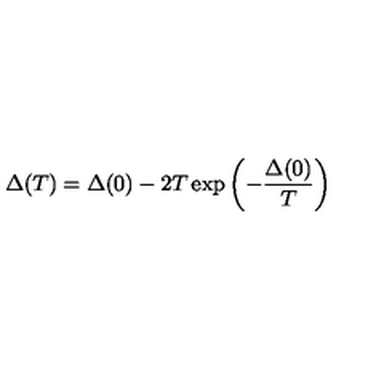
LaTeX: \Delta ( T ) = \Delta ( 0 ) - 2 T \exp \left( - \frac { \Delta ( 0 ) } { T } \right)